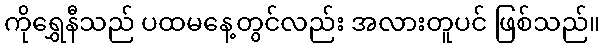
ကိုရွှေနီသည် ပထမနေ့တွင်လည်း အလားတူပင် ဖြစ်သည်။